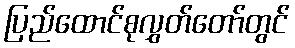
ပြည်ထောင်စုလွှတ်တော်တွင်